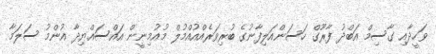
ވަހީދާއި ގާސިމް އަބްދު ފާރޫގް ހަސަންއަލިފާނުގެ ބުރިވަރެއްއުއްމުލް މުއުމިނީން އައްސައްޔިދާ އުންމު ސަލަމާ